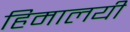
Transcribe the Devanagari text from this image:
हिमालयी